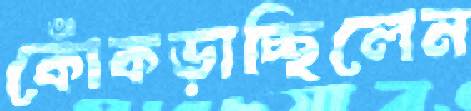
কোঁকড়াচ্ছিলেন